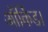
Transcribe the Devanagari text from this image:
ऑर्किड।